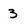
Character: 3